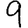
Digit: 9